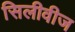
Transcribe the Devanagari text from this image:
सिलीवीज